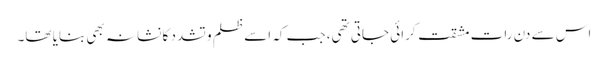
اس سے دن رات مشقت کرائی جاتی تھی، جب کہ اسے ظلم و تشدد کا نشانہ بھی بنایا تھا۔